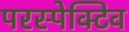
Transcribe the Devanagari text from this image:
परस्पेक्टिव